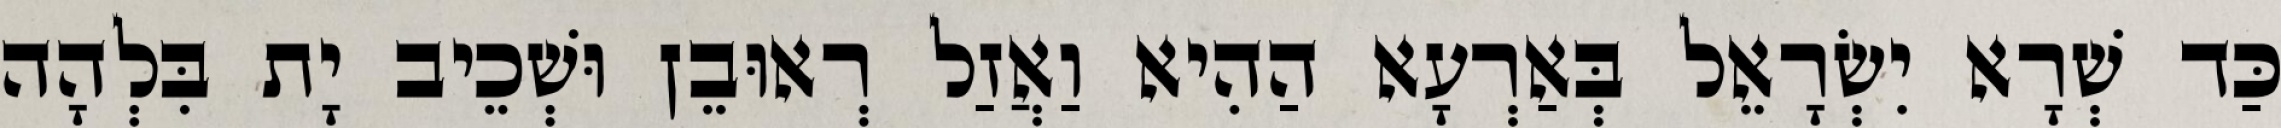
כַּד שְׁרָא יִשְׂרָאֵל בְּאַרְעָא הַהִיא וַאֲזַל רְאוּבֵן וּשְׁכֵיב יָת בִּלְהָה